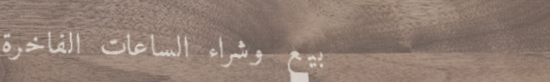
بيع وشراء الساعات الفاخرة